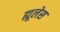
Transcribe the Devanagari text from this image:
ह्यूलेस